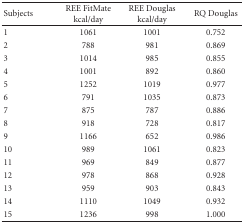
| Subjects | REE FitMate kcal/day | REE Douglas kcal/day | RQ Douglas |
 | --- | --- | --- | --- |
 | 1 | 1061 | 1001 | 0.752 |
 | 2 | 788 | 981 | 0.869 |
 | 3 | 1014 | 985 | 0.855 |
 | 4 | 1001 | 892 | 0.860 |
 | 5 | 1252 | 1019 | 0.977 |
 | 6 | 791 | 1035 | 0.873 |
 | 7 | 875 | 787 | 0.886 |
 | 8 | 918 | 728 | 0.817 |
 | 9 | 1166 | 652 | 0.986 |
 | 10 | 989 | 1061 | 0.823 |
 | 11 | 969 | 849 | 0.877 |
 | 12 | 978 | 868 | 0.928 |
 | 13 | 959 | 903 | 0.843 |
 | 14 | 1110 | 1049 | 0.932 |
 | 15 | 1236 | 998 | 1.000 |